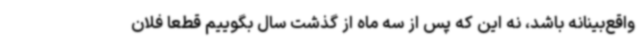
واقع‌بینانه باشد، نه این که پس از سه ماه از گذشت سال بگوییم قطعا فلان